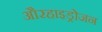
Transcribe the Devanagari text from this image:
औरहाइड्रोजन